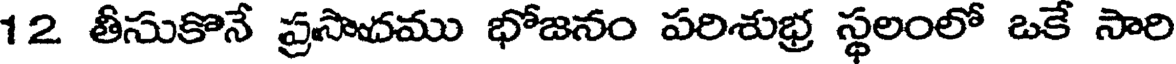
12 తీసుకొనే ప్రసాదము భోజనం పరిశుభ్ర స్థలంలో ఒకే సారి